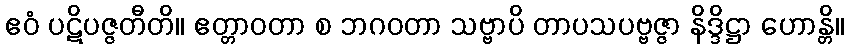
ဧဝံ ပဋိပဇ္ဇတီတိ။ ဧတ္တာဝတာ စ ဘဂဝတာ သဗ္ဗာပိ တာပသပဗ္ဗဇ္ဇာ နိဒ္ဒိဋ္ဌာ ဟောန္တိ။